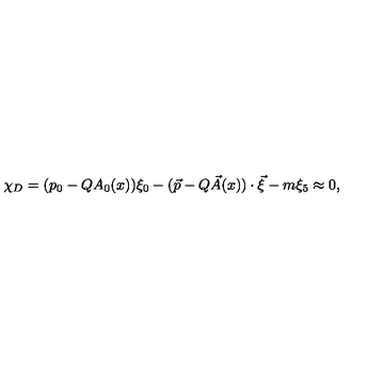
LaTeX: \chi _ { D } = ( p _ { 0 } - Q A _ { 0 } ( x ) ) \xi _ { 0 } - ( \vec { p } - Q \vec { A } ( x ) ) \cdot \vec { \xi } - m \xi _ { 5 } \approx 0 ,